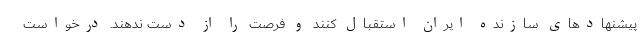
پیشنهادهای سازنده ایران استقبال کنند و فرصت را از دست ندهند. درخواست